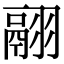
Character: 翮